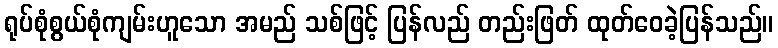
ရုပ်စုံစွယ်စုံကျမ်းဟူသော အမည် သစ်ဖြင့် ပြန်လည် တည်းဖြတ် ထုတ်ဝေခဲ့ပြန်သည်။